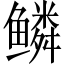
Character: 鳞